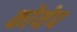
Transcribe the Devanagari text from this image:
कोयेप